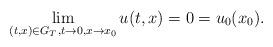
LaTeX: \begin{align*}\lim_{(t,x)\in G_T, t\to0,x\to x_0} u(t,x)=0=u_0(x_0).\end{align*}